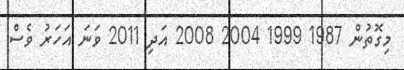
މިގޮތުން 1987 1999 2004 2008 އަދި 2011 ވަނަ އަހަރު ވެސް